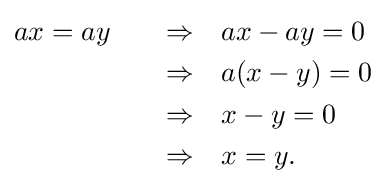
{\begin{aligned}ax&=ay&\quad \Rightarrow &\quad ax-ay=0\\&&\quad \Rightarrow &\quad a(x-y)=0\\&&\quad \Rightarrow &\quad x-y=0\\&&\quad \Rightarrow &\quad x=y.\end{aligned}}